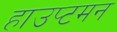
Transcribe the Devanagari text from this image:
हाउप्टमन